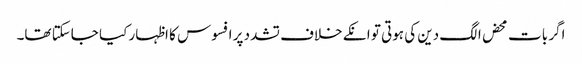
اگر بات محض الگ دین کی ہوتی تو انکے خلاف تشدد پر افسوس کا اظہار کیا جاسکتا تھا۔